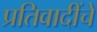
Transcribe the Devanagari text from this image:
प्रतिवादींचे